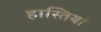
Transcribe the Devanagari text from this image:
हास्तियां